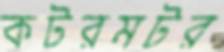
কটরমটর